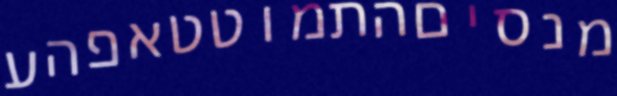
מנסיםהתמוטטאפהע